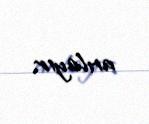
anlayır.